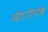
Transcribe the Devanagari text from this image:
ओंटारियोके